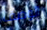
الوصف